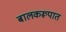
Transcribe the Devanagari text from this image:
बालकरूपात